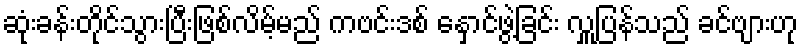
ဆုံးခန်းတိုင်သွားပြီးဖြစ်လိမ့်မည် ကဗင်းဒစ် နှောင်ဖွဲ့ခြင်း လှူပြန်သည် ခင်ဗျားဟု